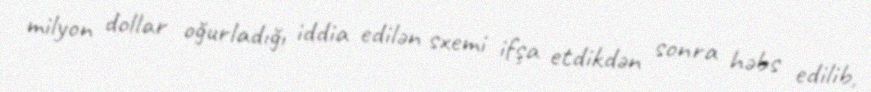
milyon dollar oğurladığı iddia edilən sxemi ifşa etdikdən sonra həbs edilib,